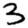
Digit: 3